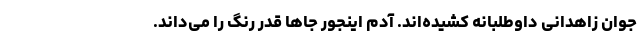
جوان زاهدانی داوطلبانه کشیده‌اند. آدم اینجور جاها قدر رنگ را می‌داند.